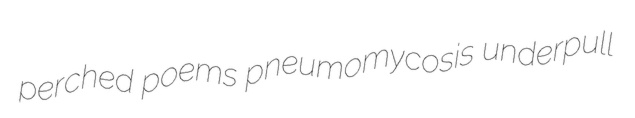
perched poems pneumomycosis underpull